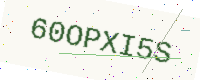
Text: 60OPXI5S